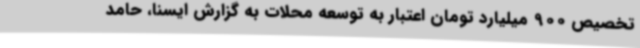
تخصیص 900 میلیارد تومان اعتبار به توسعه محلات به گزارش ایسنا، حامد